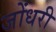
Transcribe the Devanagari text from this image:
जोंधरी